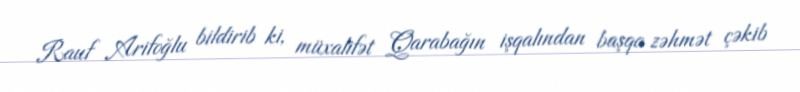
Rauf Arifoğlu bildirib ki, müxalifət Qarabağın işqalından başqa zəhmət çəkib